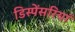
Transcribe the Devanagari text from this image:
डिस्पेंसरियां